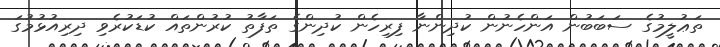
ތަޢުލީމުގެ ސަބަބުން އަންހެނުން ކުދިންނާ ފިރިހެން ކުދިންގެ ތަފާތު ކުރުންތައް ކުޑަކުރެވި ދިރިއުޅުމުގަ